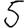
Digit: 5